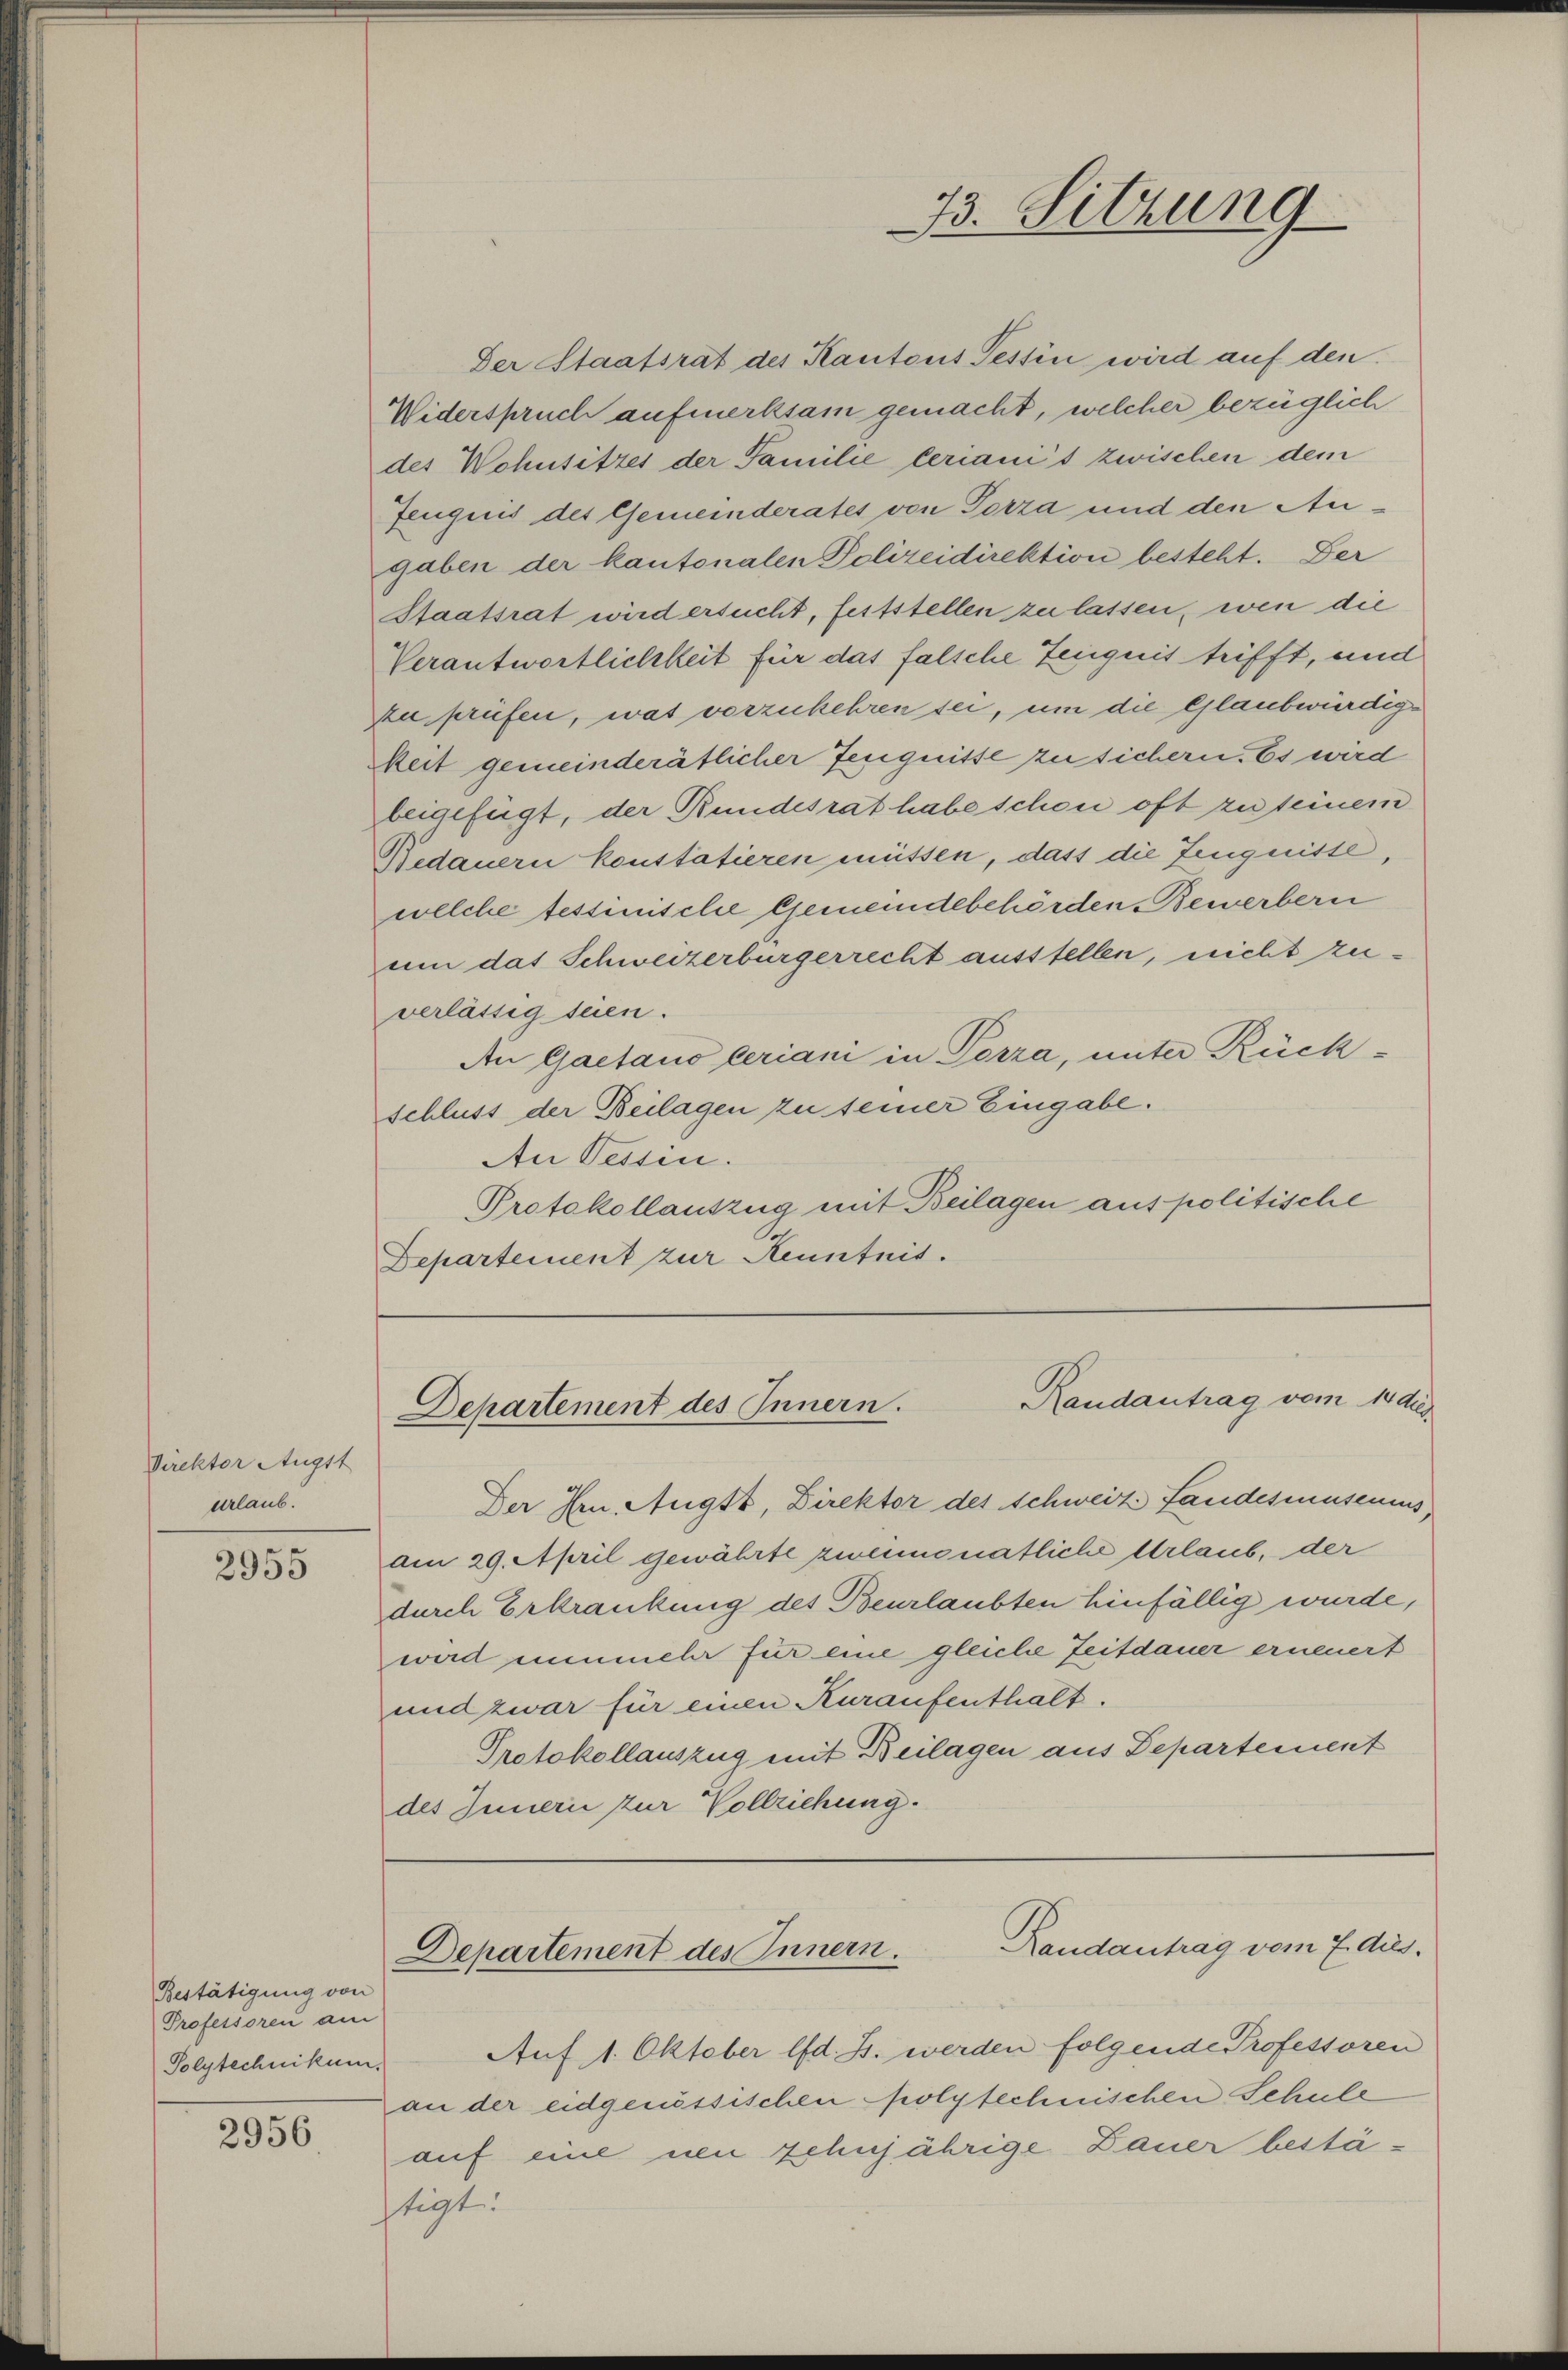
Direktor Augst
urlaub.

2955

Bestätigung von
Professoren am
Polytechnikum.

2956

Der Staatsrat des Kantons Tessin wird auf den
Widerspruch aufmerksam gemacht, welcher bezüglich
des Wohnsitzes der Familie beraui’s zwischen dem
Zeugnis des Gemeinderates von Porza und den Augaben der kantonalen Polizeidirektion besteht. Der
Staatsrat wird ersucht, feststellen zu lassen, wen die
Verantwortlichkeit für das falsche Zeugnis trifft, und
zu prüfen, was vorzukehren sei, um die Glaubwürdig¬
Meit gemeinderätlicher Zeugnisse zu sichern. Es wird
beigefügt, der Bundesrat habe schon oft zuteinem
Bedauern konstatieren müssen, dass die Zeugnisse
welche tessinische Gemeindebehörden Bewerbern
um das Schweizerbürgerrecht ausstellen, nicht zuverlässig seien.
An Gaetano leriam in Porza, unter Rückschluss der Beilagen zu seiner Eingabe.
An Tessin.
Protokollauszug mit Beilagen aus politische
Departement zur Kenntnis.

33. Sitzung

Randantrag vom 14 dies
Departement des Innern.

Der Im Augst, Direktor des Schweiz Sandesausenius,
am 29. April gewährte zweimonatliche Urlaub, der
durch Erkrankung des Beurlaubten hinfällig wurde,
wird nunmehr für eine gleiche Zeitdauer erneuert
und zwar für einen Kuraufenthalt.
Protokollauszug mit Beilagen aus Departement
des Innern zur Vollziehung.

Randantrag vom 7. dies
Departement des Innern.

Auf 1. Oktober lfd. J. werden folgende Professoren
an der eidgenössischen polytechnischen Schule
auf eine um zehnjährige Dauer bestä-
tigt.